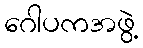
ဂေါပကအဖွဲ့